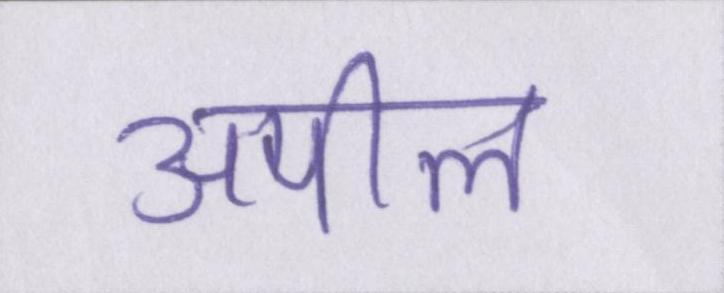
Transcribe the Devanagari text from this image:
अपील